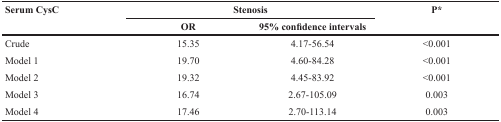
<table><thead><tr><td rowspan="2"><b>Serum CysC</b></td><td colspan="2"><b>Stenosis</b></td><td rowspan="2"><b>P*</b></td></tr><tr><td><b>OR</b></td><td><b>95% confidence intervals</b></td></tr></thead><tbody><tr><td>Crude</td><td>15.35</td><td>4.17-56.54</td><td>&lt;0.001</td></tr><tr><td>Model 1</td><td>19.70</td><td>4.60-84.28</td><td>&lt;0.001</td></tr><tr><td>Model 2</td><td>19.32</td><td>4.45-83.92</td><td>&lt;0.001</td></tr><tr><td>Model 3</td><td>16.74</td><td>2.67-105.09</td><td>0.003</td></tr><tr><td>Model 4</td><td>17.46</td><td>2.70-113.14</td><td>0.003</td></tr></tbody></table>